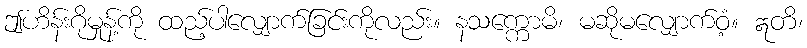
ဤဟိန်းဂိုမှုန့်ကို ထည့်ပါလျှောက်ခြင်းကိုလည်း။ နသက္ကောမိ၊ မဆိုမလျှောက်ဝံ့။ ဣတိ၊